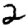
Digit: 2